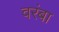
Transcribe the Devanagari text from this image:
वरंबा